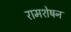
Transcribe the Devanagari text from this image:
रामशेषन